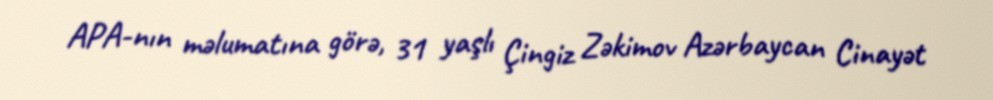
APA-nın məlumatına görə, 31 yaşlı Çingiz Zəkimov Azərbaycan Cinayət